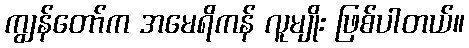
ကျွန်တော်က အမေရိကန် လူမျိုး ဖြစ်ပါတယ်။